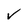
Character: V